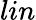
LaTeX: lin